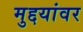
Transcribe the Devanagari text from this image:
मुद्दयांवर